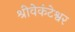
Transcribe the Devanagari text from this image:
श्रीवेकंटेश्वर